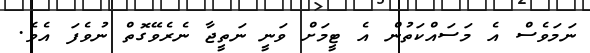
ނަމަވެސް އެ މަސައްކަތުން އެ ޓީމަށް ވަނީ ނަތީޖާ ނެރެވޭގޮތް ނުވެފަ އެވެ.